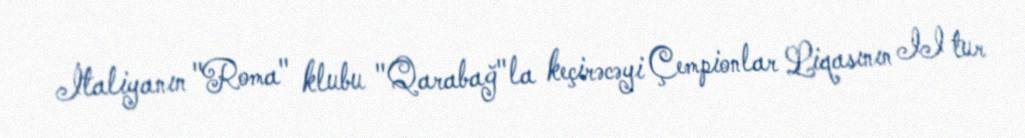
İtaliyanın "Roma" klubu "Qarabağ"la keçirəcəyi Çempionlar Liqasının II tur